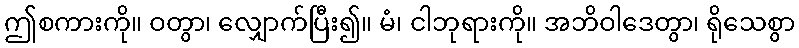
ဤစကားကို။ ဝတွာ၊ လျှောက်ပြီး၍။ မံ၊ ငါဘုရားကို။ အဘိဝါဒေတွာ၊ ရိုသေစွာ